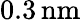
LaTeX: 0.3\, \mathrm{nm}